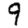
Digit: 9